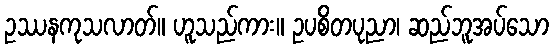
ဥဿနကုသလာတ်။ ဟူသည်ကား။ ဥပစိတပုညာ၊ ဆည်ဘူအပ်သော